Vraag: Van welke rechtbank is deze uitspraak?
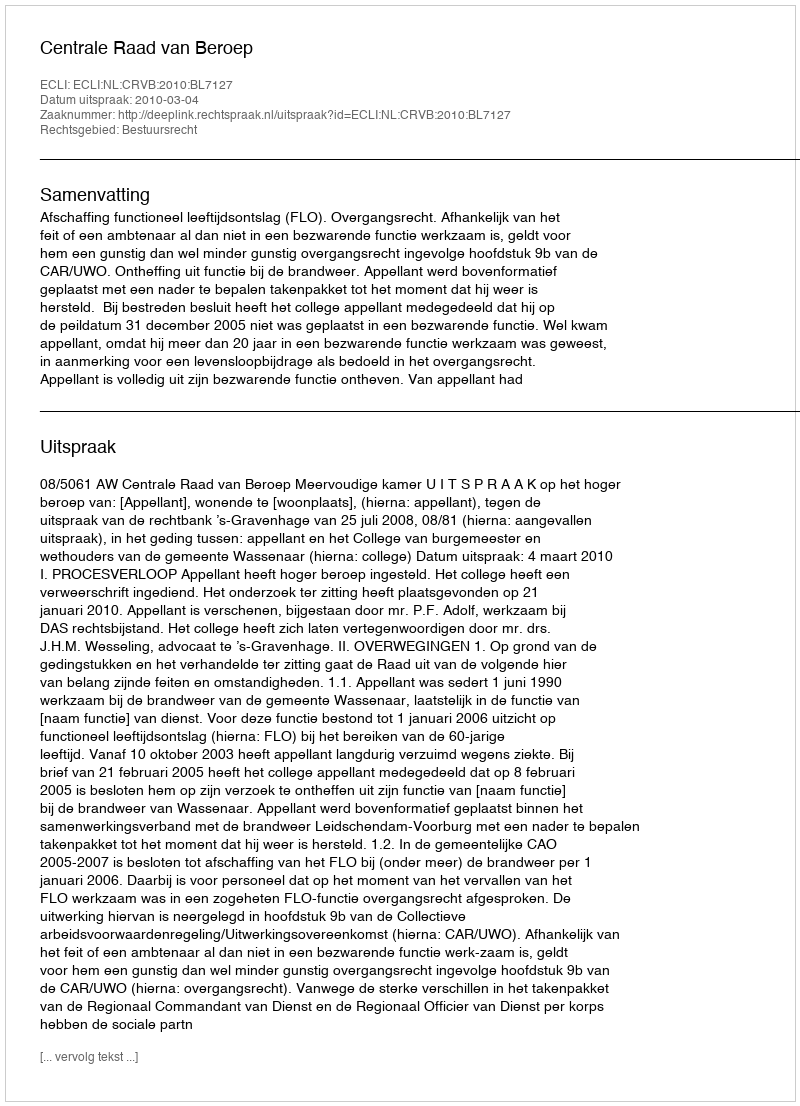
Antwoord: Centrale Raad van Beroep